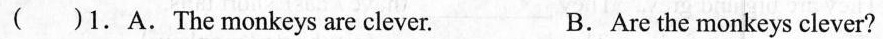
( )1.A.The monkeys are clever. B.Are the monkeys clever?